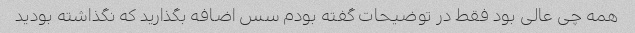
همه چی عالی بود فقط در توضیحات گفته بودم سس اضافه بگذارید که نگذاشته بودید